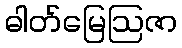
ဓါတ်မြေဩဇာ